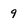
Character: 9